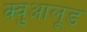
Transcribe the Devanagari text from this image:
क्वुआलूड